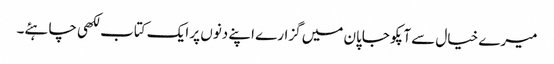
میرے خیال سے آپکو جاپان میں گزارے اپنے دنوں پر ایک کتاب لکھی چاہئے۔